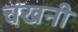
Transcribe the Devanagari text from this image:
चखनी